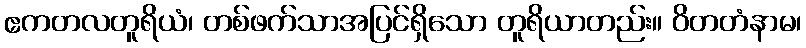
ဧကတလတူရိယံ၊ တစ်ဖက်သာအပြင်ရှိသော တူရိယာတည်း။ ဝိတတံနာမ၊